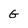
Character: G